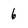
Character: 6